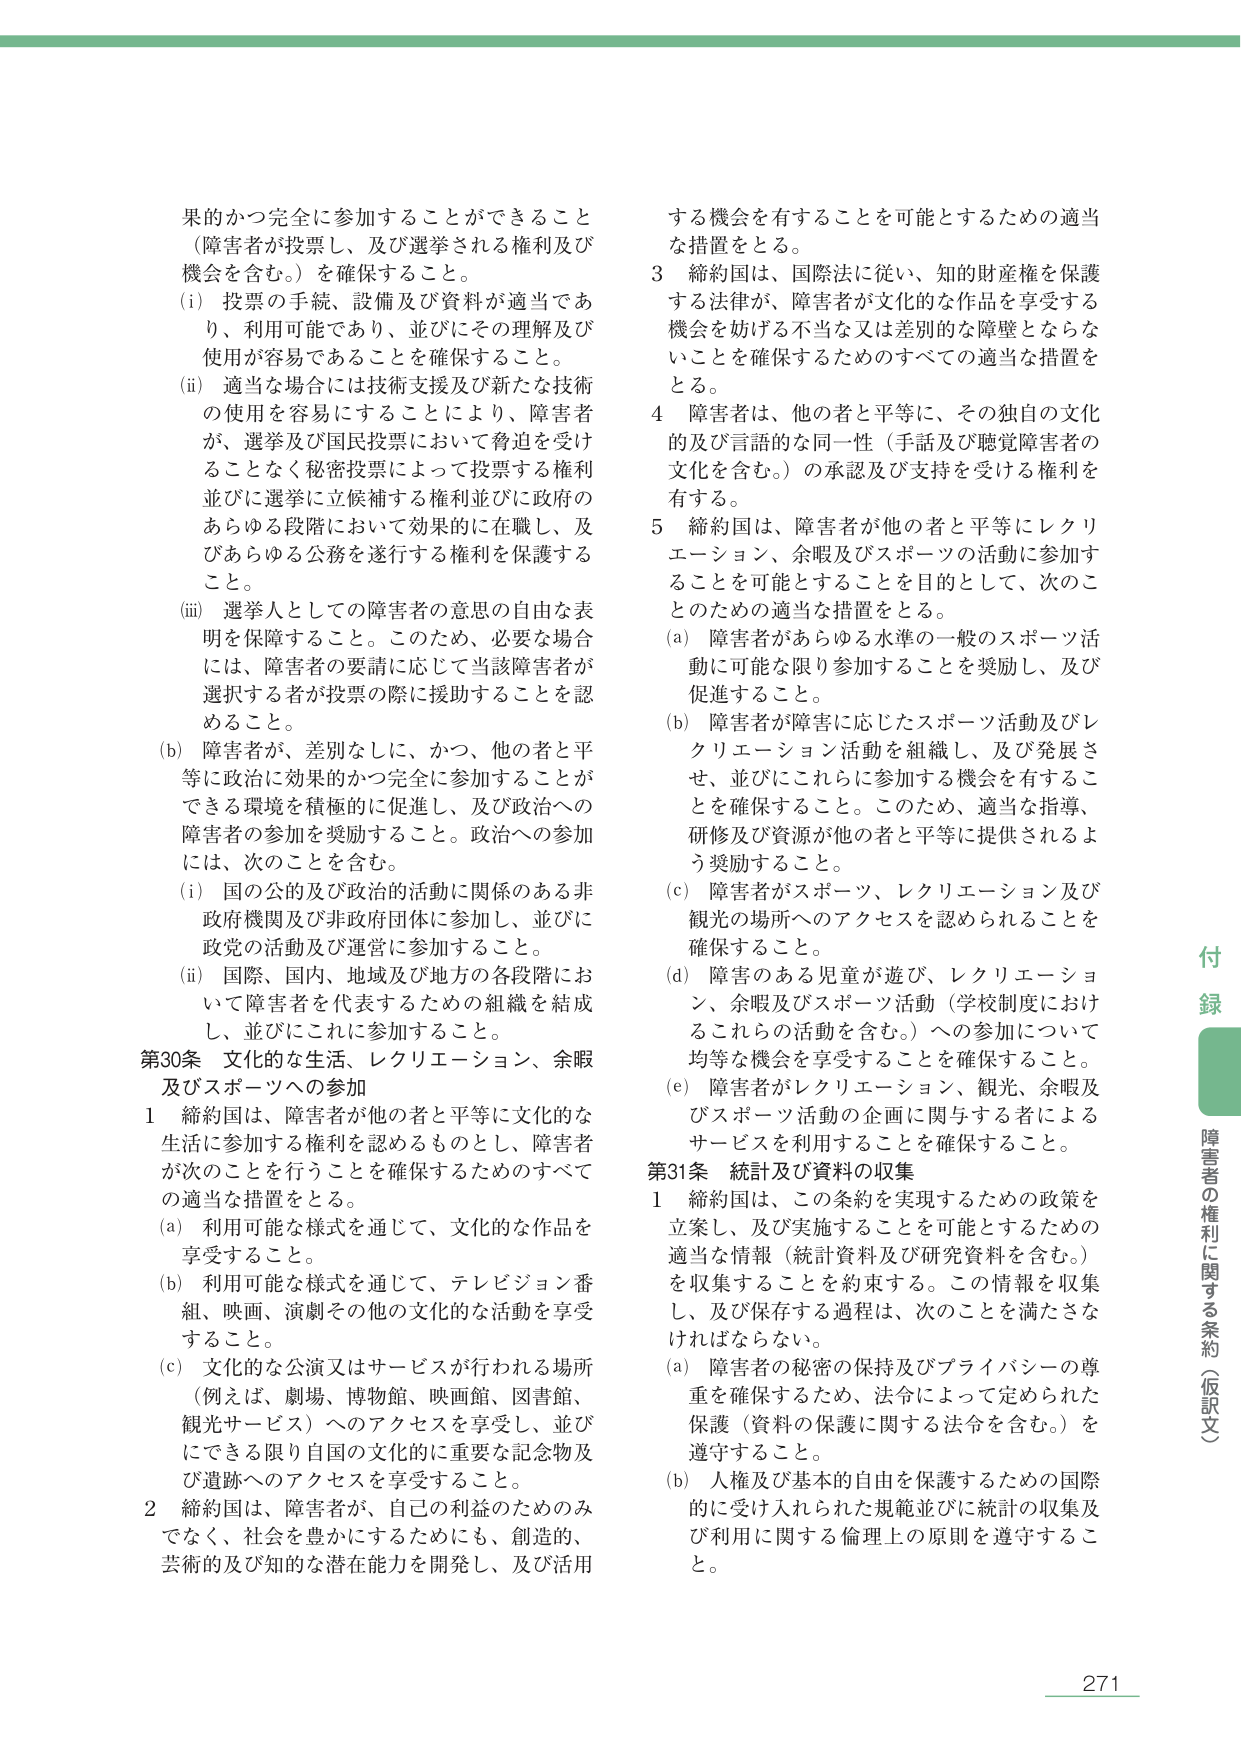
果的かつ完全に参加することができるこ と （障害者が投票し、及び選挙される権利及び 機会を含む。）を確保すること。 (i) 投票の手続、設備及び資料が適当であ り、利用可能であり、並びにその理解及び 使用が容易であることを確保すること。 (ii) 適当な場合には技術支援及び新たな技術 の使用を容易にすることにより、障害者 が、選挙及び国民投票において脅迫を受け ることなく秘密投票によって投票する権利 並びに選挙に立候補する権利並びに政府の あらゆる段階において効果的に在職し、及 びあらゆる公務を遂行する権利を保護する こと。 (iii) 選挙人としての障害者の意思の自由な表 明を保障すること。このため、必要な場合 には、障害者の要請に応じて当該障害者が 選択する者が投票の際に援助することを認 めること。 (b) 障害者が、差別なしに、かつ、他の者と平 等に政治に効果的かつ完全に参加することが できる環境を積極的に促進し、及び政治への 障害者の参加を奨励すること。政治への参加 には、次のことを含む。 (i) 国の公的及び政治的活動に関係のある非 政府機関及び非政府団体に参加し、並びに 政党の活動及び運営に参加すること。 (ii) 国際、国内、地域及び地方の各段階にお いて障害者を代表するための組織を結成 し、並びにこれに参加すること。 第30条 文化的な生活、レクリエーション、余暇 及びスポーツへの参加 1 締約国は、障害者が他の者と平等に文化的な 生活に参加する権利を認めるものとし、障害者 が次のことを行うことを確保するためのすべて の適当な措置をとる。 (a) 利用可能な様式を通じて、文化的な作品を 享受すること。 (b) 利用可能な様式を通じて、テレビジョン番 組、映画、演劇その他の文化的な活動を享受 すること。 (c) 文化的な公演又はサービスが行われる場所 （例えば、劇場、博物館、映画館、図書館、 観光サービス）へのアクセスを享受し、並び にできる限り自国の文化的に重要な記念物及 び遺跡へのアクセスを享受すること。 2 締約国は、障害者が、自己の利益のためのみ でなく、社会を豊かにするためにも、創造的、 芸術的及び知的な潜在能力を開発し、及び活用 する機会を有することを可能とするための適当 な措置をとる。 3 締約国は、国際法に従い、知的財産権を保護 する法律が、障害者が文化的な作品を享受する 機会を妨げる不当な又は差別的な障壁とならな いことを確保するためのすべての適当な措置を とる。 4 障害者は、他の者と平等に、その独自の文化 的及び言語的な同一性（手話及び聴覚障害者の 文化を含む。）の承認及び支持を受ける権利を 有する。 5 締約国は、障害者が他の者と平等にレクリ エーション、余暇及びスポーツの活動に参加す ることを可能とすることを目的として、次のこ とのために適当な措置をとる。 (a) 障害者があらゆる水準の一般のスポーツ活 動に可能な限り参加することを奨励し、及び 促進すること。 (b) 障害者が障害に応じたスポーツ活動及びレ クリエーション活動を組織し、及び発展さ せ、並びにこれらに参加する機会を有するこ とを確保すること。このため、適当な指導、 研修及び資源が他の者と平等に提供されるよ う奨励すること。 (c) 障害者がスポーツ、レクリエーション及び 観光の場所へのアクセスを認められることを 確保すること。 (d) 障害のある児童が遊び、レクリエーショ ン、余暇及びスポーツ活動（学校制度におけ るこれらの活動を含む。）への参加について 均等な機会を享受することを確保すること。 (e) 障害者がレクリエーション、観光、余暇及 びスポーツ活動の企画に関与する者による サービスを利用することを確保すること。 第31条 統計及び資料の収集 1 締約国は、この条約を実現するための政策を 立案し、及び実施することを可能とするための 適当な情報（統計資料及び研究資料を含む。） を収集することを約束する。この情報を収集 し、及び保存する過程は、次のことを満たさな ければならない。 (a) 障害者の秘密の保持及びプライバシーの尊 重を確保するため、法令によって定められた 保護（資料の保護に関する法令を含む。）を 遵守すること。 (b) 人権及び基本的自由を保護するための国際 的に受け入れられた規範並びに統計の収集及 び利用に関する倫理上の原則を遵守するこ と。 付 録 障害者の権利に関する条約（仮訳文） 271